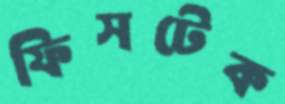
ফিসটেক